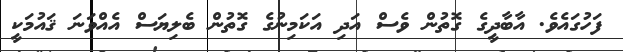
ފަހުގައެވެ. އާބާދީގެ ގޮތުން ވެސް އަދި އަކަމިނުގެ ގޮތުން ބެލިޔަސް އެއްވަނަ ޤައުމަކީ